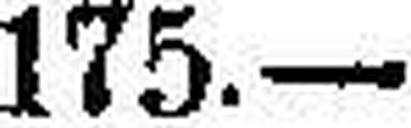
175.—